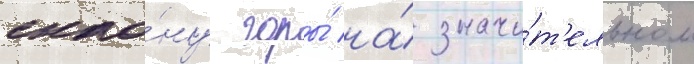
скло́ну горы́ на́ значи́т'ельном